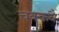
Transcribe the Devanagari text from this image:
चक्‍कवै